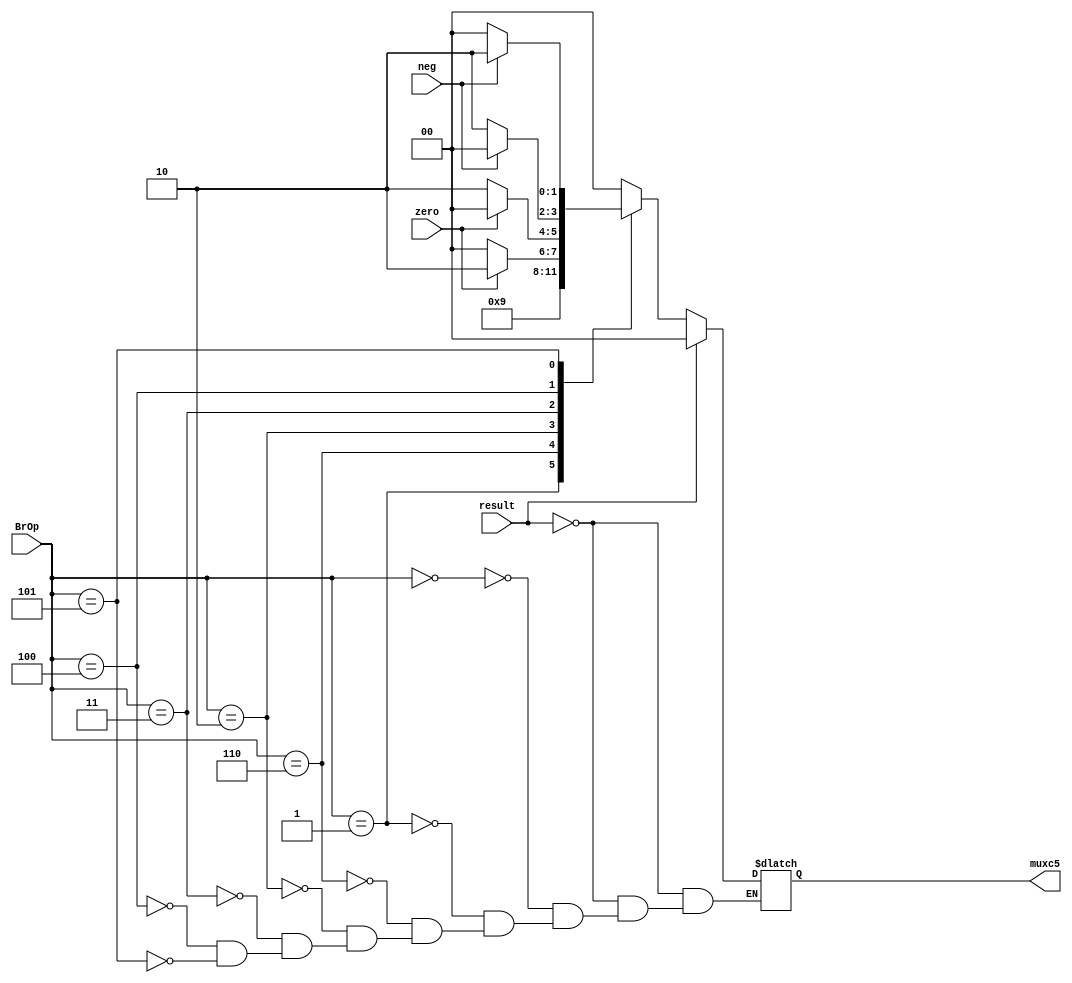
`timescale 1ns / 1ps
//////////////////////////////////////////////////////////////////////////////////
// Company: 
// Engineer: 
// 
// Design Name: 
// Module Name: branch_control
// Project Name: 
// Target Devices: 
// Tool Versions: 
// Description: 
// 
// Dependencies: 
// 
// Revision:
// Revision 0.01 - File Created
// Additional Comments:
// 
//////////////////////////////////////////////////////////////////////////////////


module branch_control(result, BrOp, neg, zero, muxc5);
    input [2:0] BrOp;
    input neg, zero, result;
    output reg [1:0] muxc5 = 0;
    
    always @ (BrOp, neg, zero)
    begin
        if (result)
            muxc5 = 0;
        else
        begin
            case(BrOp)
                3'b000: muxc5 = 2'b00;
                3'b001: muxc5 = 2'b10;
                3'b110: muxc5 = 2'b01;
                3'b010: muxc5 = (zero == 1'b1) ? 2'b10:2'b00;
                3'b011: muxc5 = (zero == 1'b1) ? 2'b00:2'b10;
                3'b100: muxc5 = (neg == 1'b1) ? 2'b00:2'b10;
                3'b101: muxc5 = (neg == 1'b1) ? 2'b10:2'b00;
            endcase
        end
    end
    endmodule